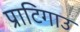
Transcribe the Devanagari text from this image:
प्राटिगाउ